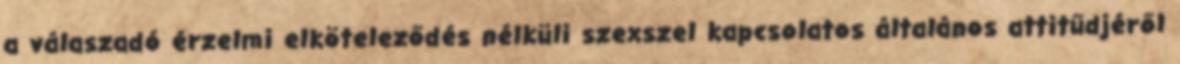
a válaszadó érzelmi elköteleződés nélküli szexszel kapcsolatos általános attitűdjéről